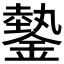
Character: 𨫔